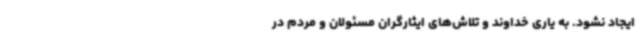
ایجاد نشود. به یاری خداوند و تلاش‌های ایثارگران مسئولان و مردم در